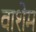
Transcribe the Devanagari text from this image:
वाशेम